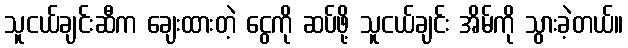
သူငယ်ချင်းဆီက ချေးထားတဲ့ ငွေကို ဆပ်ဖို့ သူငယ်ချင်း အိမ်ကို သွားခဲ့တယ်။